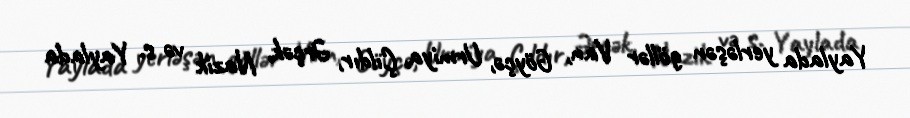
Yaylada yerləşən göllər Van, Göyçə, Urmiya, Çıldır, Ərçək, Nazik və s. Yaylada